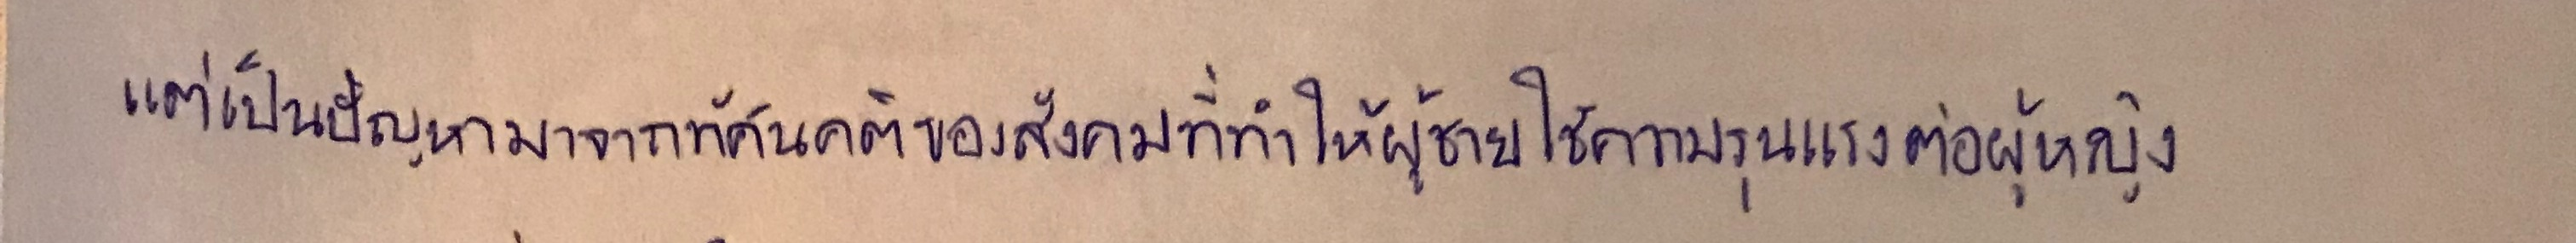
แต่เป็นปัญหามาจากทัศนคติของสังคมที่ทำให้ผู้ชายใช้ความรุนแรงต่อผู้หญิง